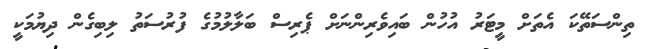
ތިންސަތޭކަ އެތަށް މީޓަރު އުހުން ބައިވެރިންނަށް ޕެރިސް ބަލާލުމުގެ ފުރުސަތު ލިބިގެން ދިޔުމަކީ